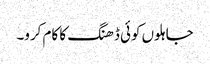
جاہلوں کوئی ڈھنگ کا کام کرو۔